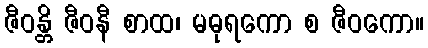
ဇီဝန္တိ ဇီဝနီ စာထ၊ မဓုရကော စ ဇီဝကော။